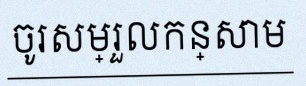
ចូរសម្រួលកន្សោម